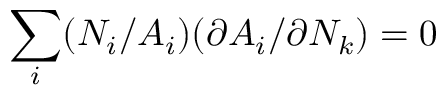
\sum _ { i } ( { N _ { i } } / { A _ { i } } ) ( { \partial A _ { i } } / { \partial N _ { k } } ) = 0